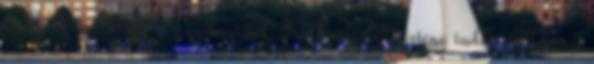
ami a Vandenberg-i Légibázisról, Kaliforniából történő indítást illeti. A